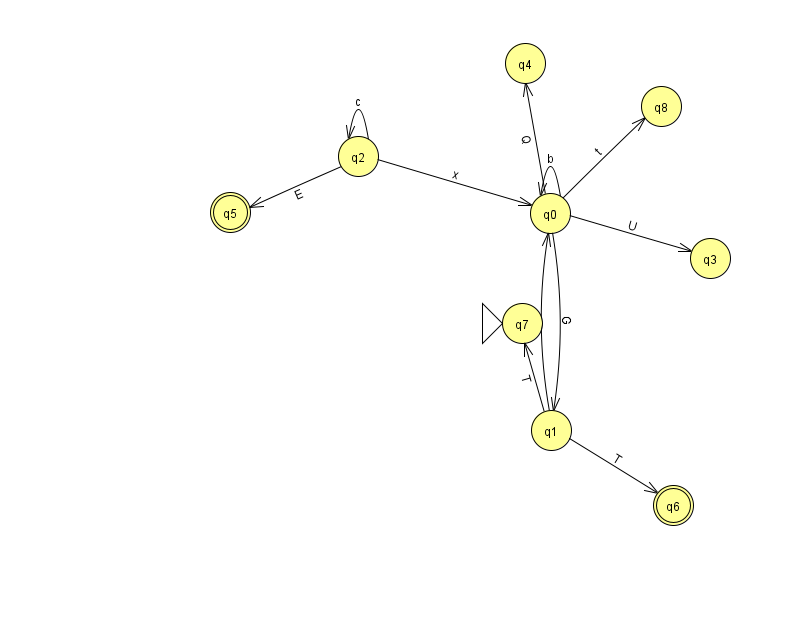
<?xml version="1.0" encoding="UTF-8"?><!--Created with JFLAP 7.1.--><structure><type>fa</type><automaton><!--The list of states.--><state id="0" name="q0"><x>550.0</x><y>200.0</y></state><state id="1" name="q1"><x>551.0</x><y>417.0</y></state><state id="2" name="q2"><x>358.0</x><y>143.0</y></state><state id="3" name="q3"><x>710.0</x><y>245.0</y></state><state id="4" name="q4"><x>525.0</x><y>50.0</y></state><state id="5" name="q5"><x>230.0</x><y>199.0</y><final/></state><state id="6" name="q6"><x>673.0</x><y>492.0</y><final/></state><state id="7" name="q7"><x>522.0</x><y>310.0</y><initial/></state><state id="8" name="q8"><x>661.0</x><y>93.0</y></state><!--The list of transitions.--><transition><from>0</from><to>4</to><read>Q</read></transition><transition><from>1</from><to>7</to><read>T</read></transition><transition><from>2</from><to>0</to><read>x</read></transition><transition><from>0</from><to>0</to><read>b</read></transition><transition><from>2</from><to>2</to><read>c</read></transition><transition><from>2</from><to>5</to><read>E</read></transition><transition><from>0</from><to>8</to><read>t</read></transition><transition><from>1</from><to>0</to><read>A</read></transition><transition><from>1</from><to>6</to><read>T</read></transition><transition><from>0</from><to>1</to><read>G</read></transition><transition><from>0</from><to>3</to><read>U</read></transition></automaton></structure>